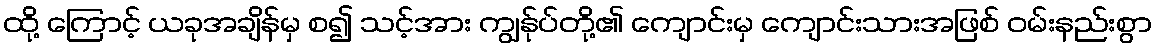
ထို့ ကြောင့် ယခုအချိန်မှ စ၍ သင့်အား ကျွန်ုပ်တို့၏ ကျောင်းမှ ကျောင်းသားအဖြစ် ဝမ်းနည်းစွာ